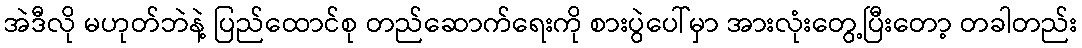
အဲဒီလို မဟုတ်ဘဲနဲ့ ပြည်ထောင်စု တည်ဆောက်ရေးကို စားပွဲပေါ်မှာ အားလုံးတွေ့ပြီးတော့ တခါတည်း